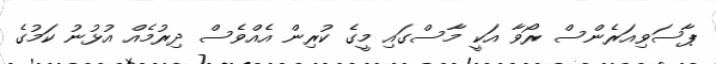
ޕާސަވިއަރެންސް ރޯވާ އަކީ މާސްގައި މީގެ ކުރިން އެއްވެސް ދިރުމެއް އުޅުނު ކަމުގެ